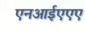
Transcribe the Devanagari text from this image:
एनआईएएए